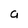
Character: a